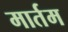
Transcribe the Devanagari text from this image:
मार्तम